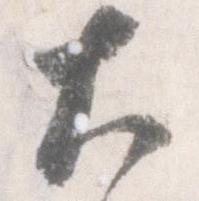
大